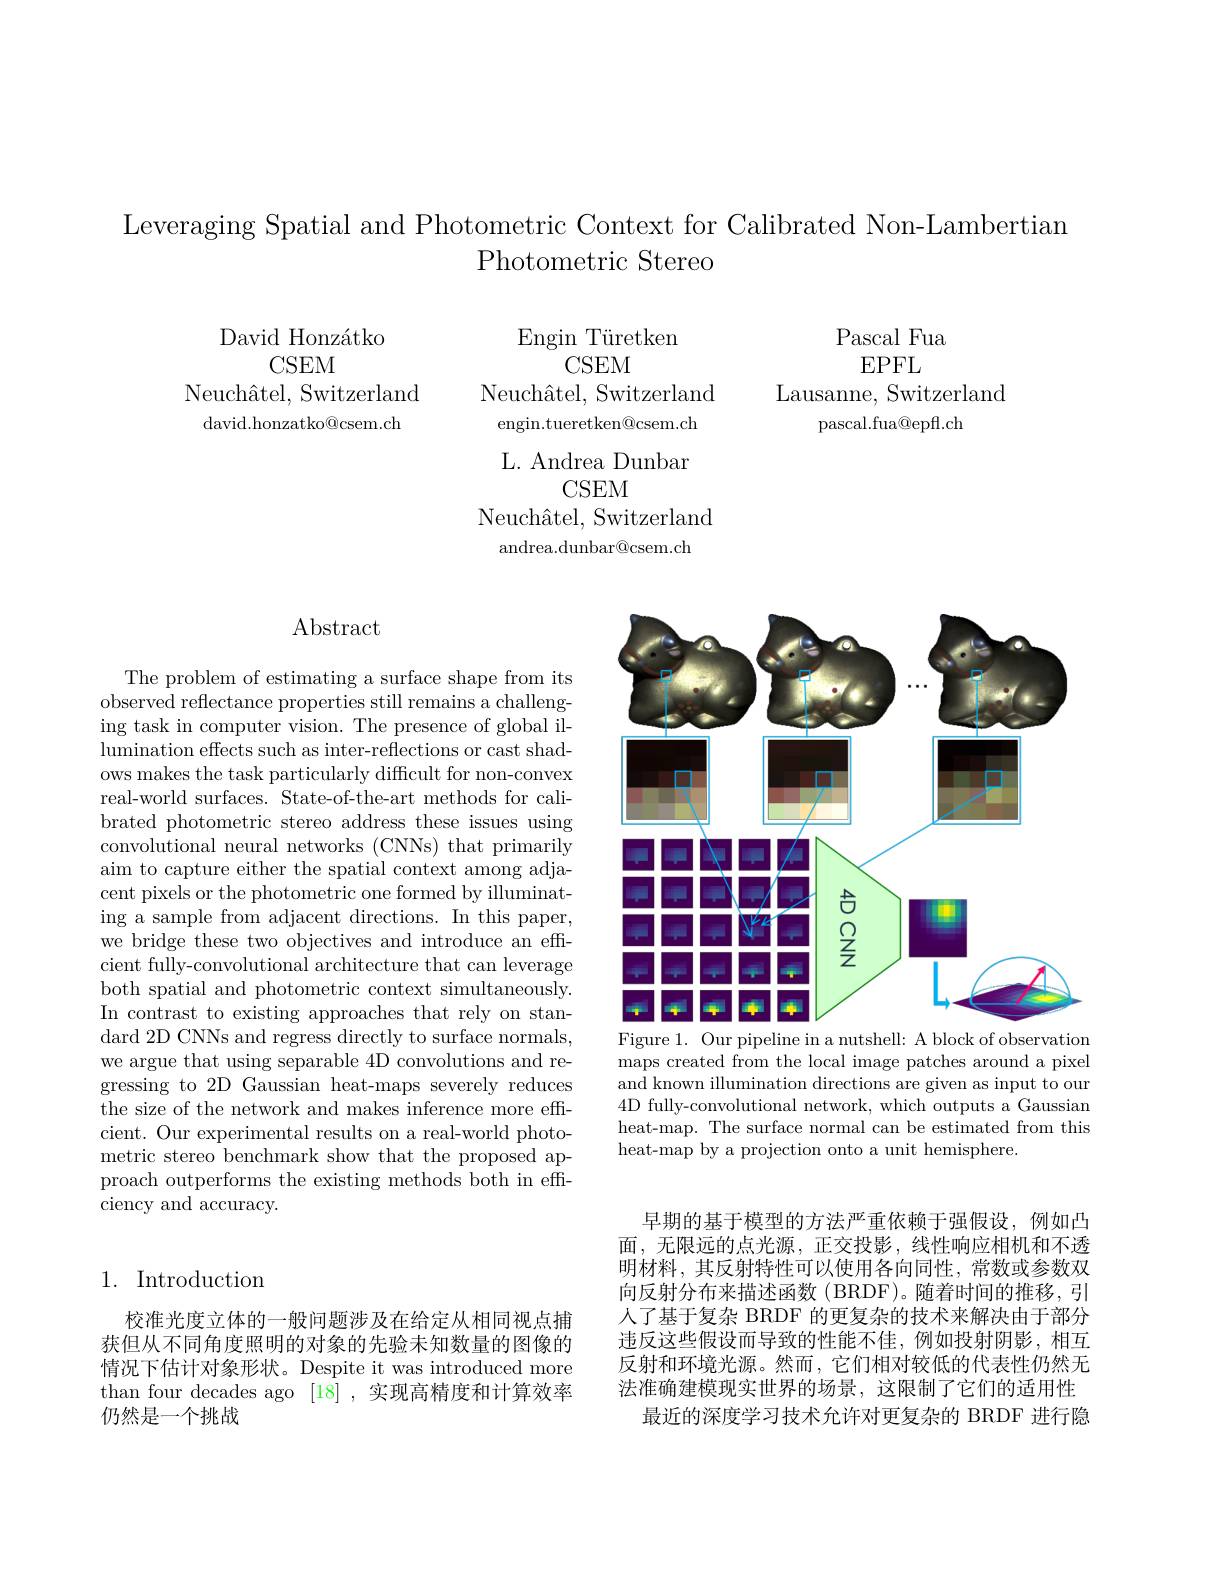
Leveraging Spatial and Photometric Context for Calibrated Non-Lambertian
Photometric Stereo

Pascal Fua
EPFL
Lausanne, Switzerland
pascal.fua@epfl.ch

David Honzátko
$CSEM$
Neuch$\^ {a}$tel, Switzerland ${\mathrm{david.honzatko@csem.ch}}$

Engin Türetken
$CSEM$
Neuch$\hat{a}$tel, Switzerland engin.tueretken@csem.ch L. Andrea Dunbar
CSEM
Neuch$\^ {a}$tel, Switzerland
andrea.dunbar@csem.ch

# Abstract

The problem of estimating a surface shape from its observed reflectance properties still remains a challenging task in computer vision. The presence of global illumination effects such as inter-reflections or cast shadows makes the task particularly difficult for non-convex real-world surfaces. State-of-the-art methods for calibrated photometric stereo address these issues using convolutional neural networks (CNNs) that primarily aim to capture either the spatial context among adjacent pixels or the photometric one formed by illuminating a sample from adjacent directions. In this paper, we bridge these two objectives and introduce an effcient fully-convolutional architecture that can leverage both spatial and photometric context simultaneously. In contrast to existing approaches that rely on standard 2D CNNs and regress directly to surface normals, we argue that using separable 4D convolutions and regressing to 2D Gaussian heat-maps severely reduces the size of the network and makes inference more effcient. Our experimental results on a real-world photometric stereo benchmark show that the proposed approach outperforms the existing methods both in effciency and accuracy.

<FigureHere>
Figure 1. Our pipeline in a nutshell: A block of observation

maps created from the local image patches around a pixel and known illumination directions are given as input to our 4D fully-convolutional network, which outputs a Gaussian heat-map. The surface normal can be estimated from this heat-map by a projection onto a unit hemisphere.

# 1. Introduction

校准光度立体的一般问题涉及在给定从相同视点捕获但从不同角度照明的对象的先验未知数量的图像的情况下估计对象形状。Despite it was introduced more than four decades ago [18] ,实现高精度和计算效率仍然是一个挑战

早期的基于模型的方法严重依赖于强假设，例如凸面，无限远的点光源，正交投影，线性响应相机和不透明材料，其反射特性可以使用各向同性，常数或参数双向反射分布来描述函数(BRDF)。随着时间的推移，引人了基于复杂 BRDF 的更复杂的技术来解决由于部分违反这些假设而导致的性能不佳，例如投射阴影，相互反射和环境光源。然而，它们相对较低的代表性仍然无法准确建模现实世界的场景，这限制了它们的适用性
最近的深度学习技术允许对更复杂的 BRDF 进行隐